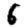
Digit: 6